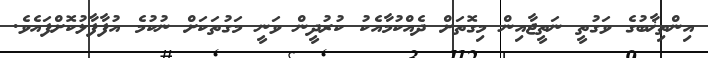
އިންތިޚާބުގެ ވަގުތީ ނަތީޖާއިން މިގޮތަށް ދެއްކުމާއެކު ކުރުދީން ވަނީ މަގުތަކަށް ނުކުމެ އުފާފާޅުކޮށްފައެވެ.